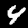
Digit: 4